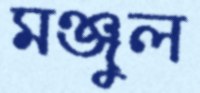
মঞ্জুল